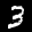
Label: 3